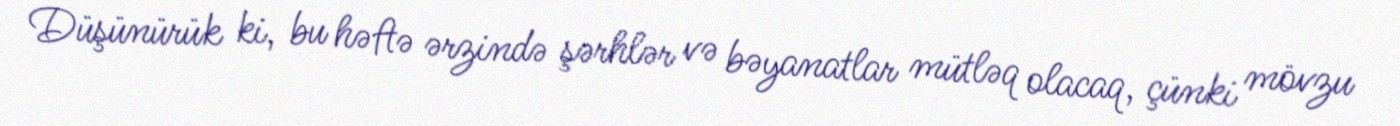
Düşünürük ki, bu həftə ərzində şərhlər və bəyanatlar mütləq olacaq, çünki mövzu